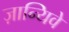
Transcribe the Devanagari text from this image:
ज़ान्यिवे